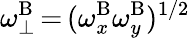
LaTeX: \omega_{\perp}^{\mathrm{B}}\, {=}\, (\omega_{x}^{\mathrm{B}}\omega_{y}^{\mathrm{B}})^{1/2}